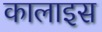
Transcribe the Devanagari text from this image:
कालाइस